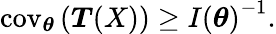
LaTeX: \operatorname{cov}_{\boldsymbol{\theta}}\left({\boldsymbol{T}}(X)\right)\geq I\left({\boldsymbol{\theta}}\right)^{-1}.